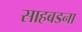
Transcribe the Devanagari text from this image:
साहबडना